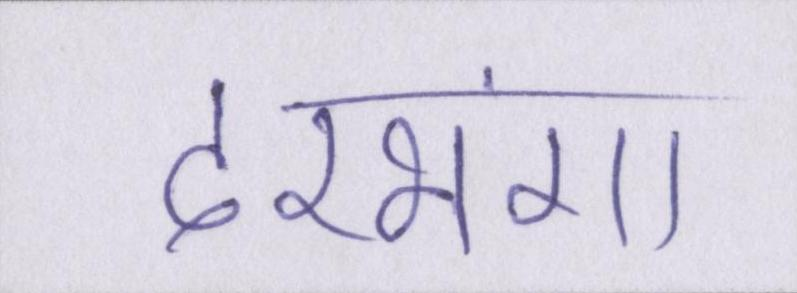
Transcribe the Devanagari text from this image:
दरभंगा